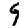
Digit: 9